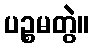
ပဉ္စမတွဲ။